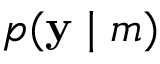
p ( \mathbf { y } \mid m )